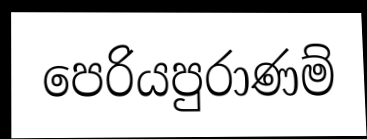
පෙරියපුරාණම්